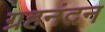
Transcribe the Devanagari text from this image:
ग्रहनंदन